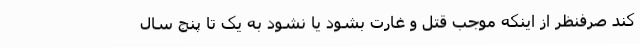
کند صرفنظر از اینکه موجب قتل و غارت‌ بشود یا نشود به یک تا پنج سال